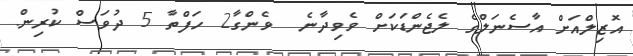
އޮޒިލްއަށް އާސެނަލްގެ ލެޖެންޑަކަށް ވެވިދާނެ  ވެންގާ2 ހަފްތާ 5 ދުވަސް ކުރިން.